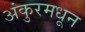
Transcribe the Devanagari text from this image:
अंकुरमधून